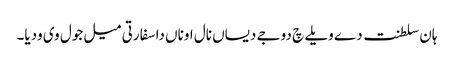
ہان سلطنت دے ویلے چ دوجے دیساں نال اوناں دا سفارتی میل جول وی ودیا۔